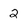
Character: 2